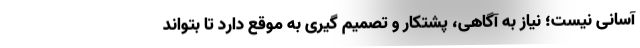
آسانی نیست؛ نیاز به آگاهی، پشتکار و تصمیم گیری‌ به موقع دارد تا بتواند